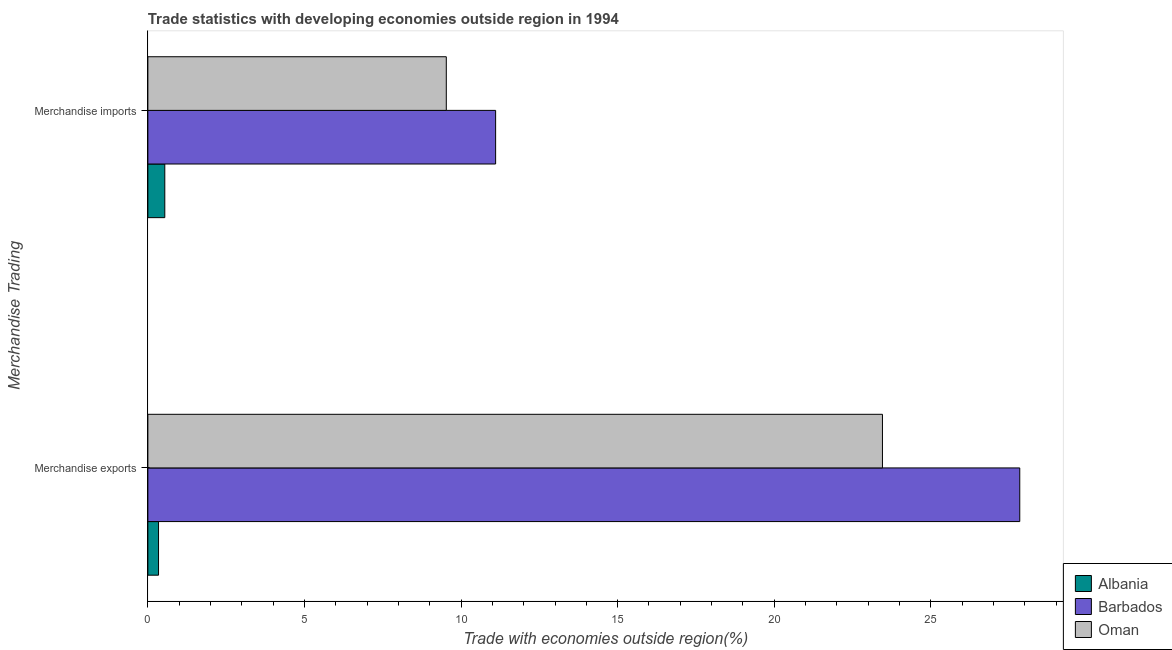
| Merchandise Trading | Albania | Barbados | Oman |
 | --- | --- | --- | --- |
 | Merchandise exports | 0.341 | 27.8 | 23.5 |
 | Merchandise imports | 0.54 | 11.1 | 9.53 |